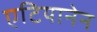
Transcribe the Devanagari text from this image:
एटियानेन